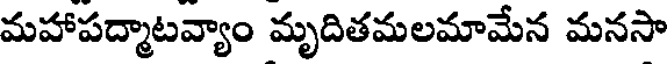
మహాపద్మాటవ్యాం మృదితమలమామేన మనసా